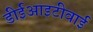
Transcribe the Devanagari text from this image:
डीईआइटीवाई